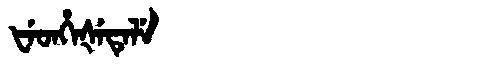
Manchu: ᡶᡝᡨᡥᡝᡧᡝᡨᡝᠯᡝ
Romanization: FETHEŠETELE